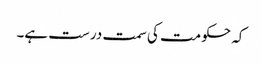
کہ حکومت کی سمت درست ہے۔